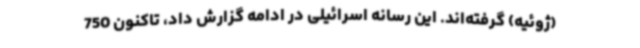
(ژوئیه) گرفته‌اند. این رسانه اسرائیلی در ادامه گزارش داد، تاکنون 750